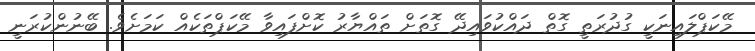
މޭކަޕްލައިނަކީ ގުދުރަތީ ގޮތް ދައްކުވައިދޭ ގޮތަށް ތައްޔާރު ކޮށްފައިވާ މޭކަޕްތަކެއް ކަމަށެވެ. ބޭނުންކުރަނީ